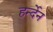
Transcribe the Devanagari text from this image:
हर्न्देन